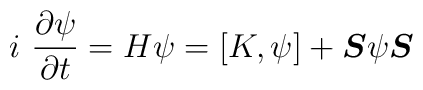
i~\frac{\partial \psi}{\partial t} = H \psi = [K,\psi]+\mbox{\boldmath$S$} \psi \mbox{\boldmath$S$}